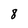
Character: 8